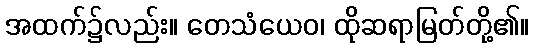
အထက်၌လည်း။ တေသံယေဝ၊ ထိုဆရာမြတ်တို့၏။